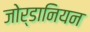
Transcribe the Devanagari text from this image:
जोर्डानियन